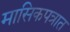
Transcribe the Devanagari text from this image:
मासिकपत्रात